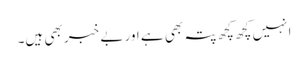
انہیں کچھ کچھ پتہ بھی ہے اور بے خبر بھی ہیں۔